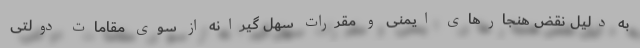
به دلیل نقض هنجارهای ایمنی و مقررات سهل گیرانه از سوی مقامات دولتی